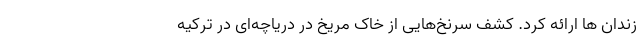
زندان ها ارائه کرد. کشف سرنخ‌هایی از خاک مریخ در دریاچه‌ای در ترکیه